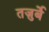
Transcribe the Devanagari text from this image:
तज़ुर्बे